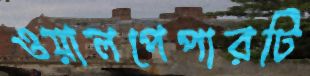
ওয়ালপেপারটি